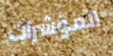
المؤشرات